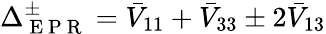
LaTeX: \Delta_{\mathrm{~E~P~R~}}^{\pm}=\bar{V}_{11}+\bar{V}_{33}\pm 2\bar{V}_{13}